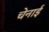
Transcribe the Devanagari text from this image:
चेनाई